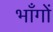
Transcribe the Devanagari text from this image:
भाँगों